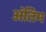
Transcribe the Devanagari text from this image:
अंतिम